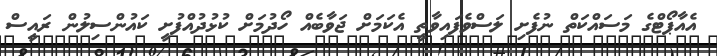
އެއާޕޯޓްގެ މަސައްކަތް ނުފެށި ލަސްވެފައިވާތީ އެކަމަށް ޖަވާބެއް ހޯދުމަށް ކުޅުދުއްފުށީ ކައުންސިލުން ރައީސް